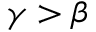
\gamma > \beta